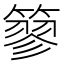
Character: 𥲿